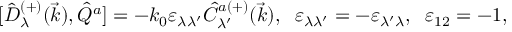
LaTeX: { [ } \hat { D } _ { \lambda } ^ { ( + ) } ( \vec { k } ) , \hat { Q } ^ { a } ] = - k _ { 0 } \varepsilon _ { \lambda \lambda ^ { \prime } } \hat { C } _ { \lambda ^ { \prime } } ^ { a ( + ) } ( \vec { k } ) , \; \; \varepsilon _ { \lambda \lambda ^ { \prime } } = - \varepsilon _ { \lambda ^ { \prime } \lambda } , \; \; \varepsilon _ { 1 2 } = - 1 ,